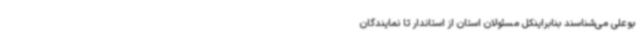
بوعلی می‌شناسند بنابراینکل مسئولان استان از استاندار تا نمایندگان